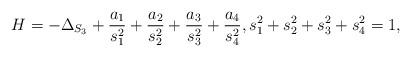
LaTeX: \begin{align*} H=-\Delta_{S_3} +\frac{a_1}{s_1^2}+\frac{a_2}{s_2^2}+\frac{a_3}{s_3^2}+\frac{a_4}{s^2_4}, s_1^2+s_2^2+s_3^2+s_4^2=1,\end{align*}